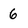
Character: 6